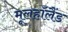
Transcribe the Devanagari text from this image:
मूलहॉलैंड